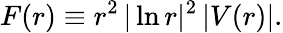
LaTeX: F(r)\equiv r^{2}\, |\ln r|^{2}\, |V(r)|.